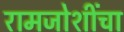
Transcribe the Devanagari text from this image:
रामजोशींचा